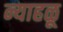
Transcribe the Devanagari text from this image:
न्याहळू